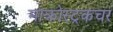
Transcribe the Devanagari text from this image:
माक्रोस्ट्रकचर